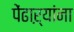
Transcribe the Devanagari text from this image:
पेंढाऱ्यांना